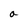
Character: a